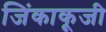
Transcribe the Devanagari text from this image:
जिंकाकूजी